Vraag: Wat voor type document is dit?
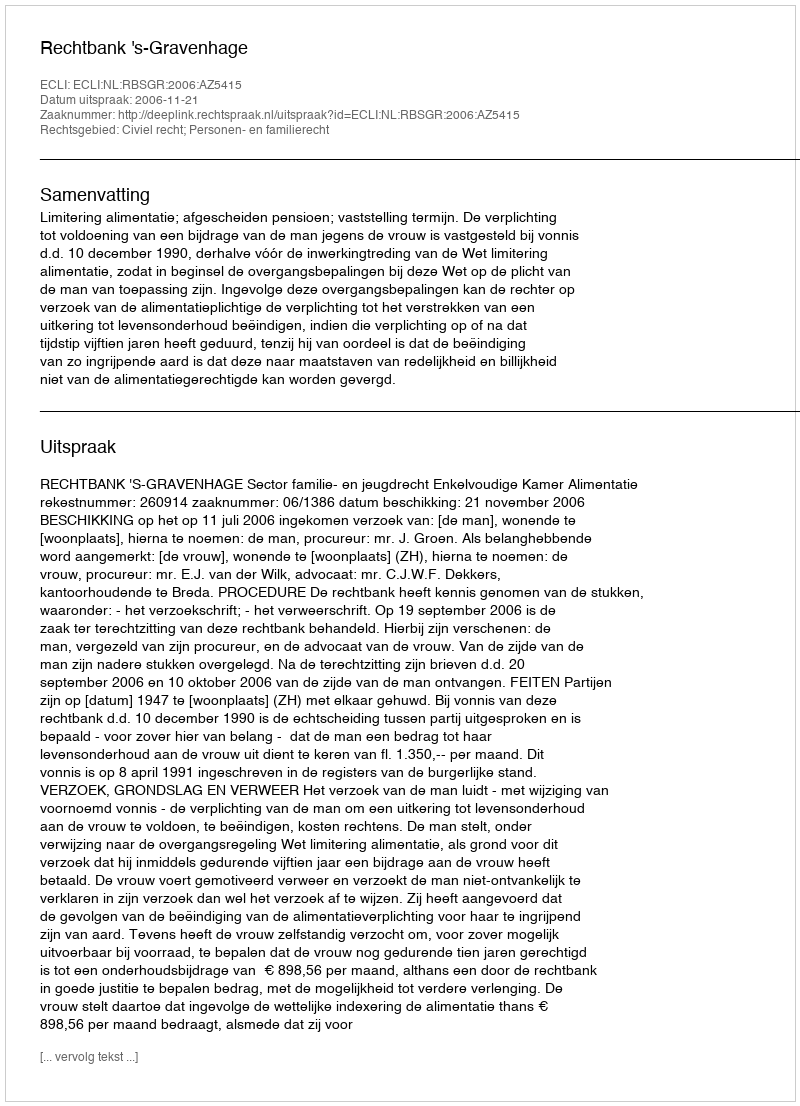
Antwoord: Uitspraak